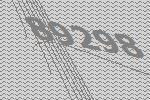
89298